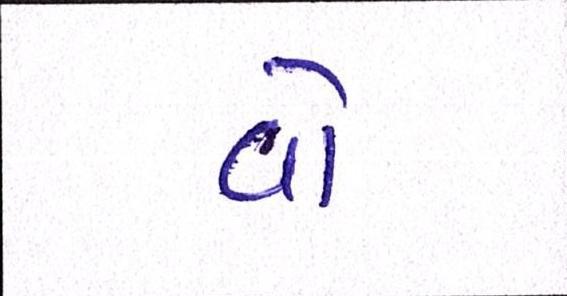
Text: વો